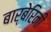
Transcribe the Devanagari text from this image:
बार्बेरिनी